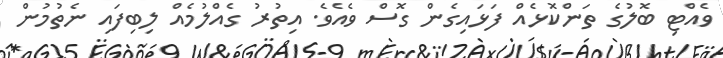
ވެއްޓި ބޮލުގެ ތަންކޮޅެއް ފަޅައިގެން ގޮސް ވެއެވެ. އިތުރު ގެއްލުމެއް ލިބިފައި ނެތުމުން